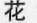
花